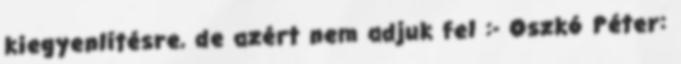
kiegyenlítésre, de azért nem adjuk fel :- Oszkó Péter: